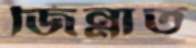
জিন্নাত